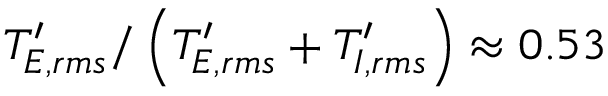
T _ { E , r m s } ^ { \prime } / \left( T _ { E , r m s } ^ { \prime } + T _ { I , r m s } ^ { \prime } \right) \approx 0 . 5 3